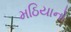
મઠિયાનો